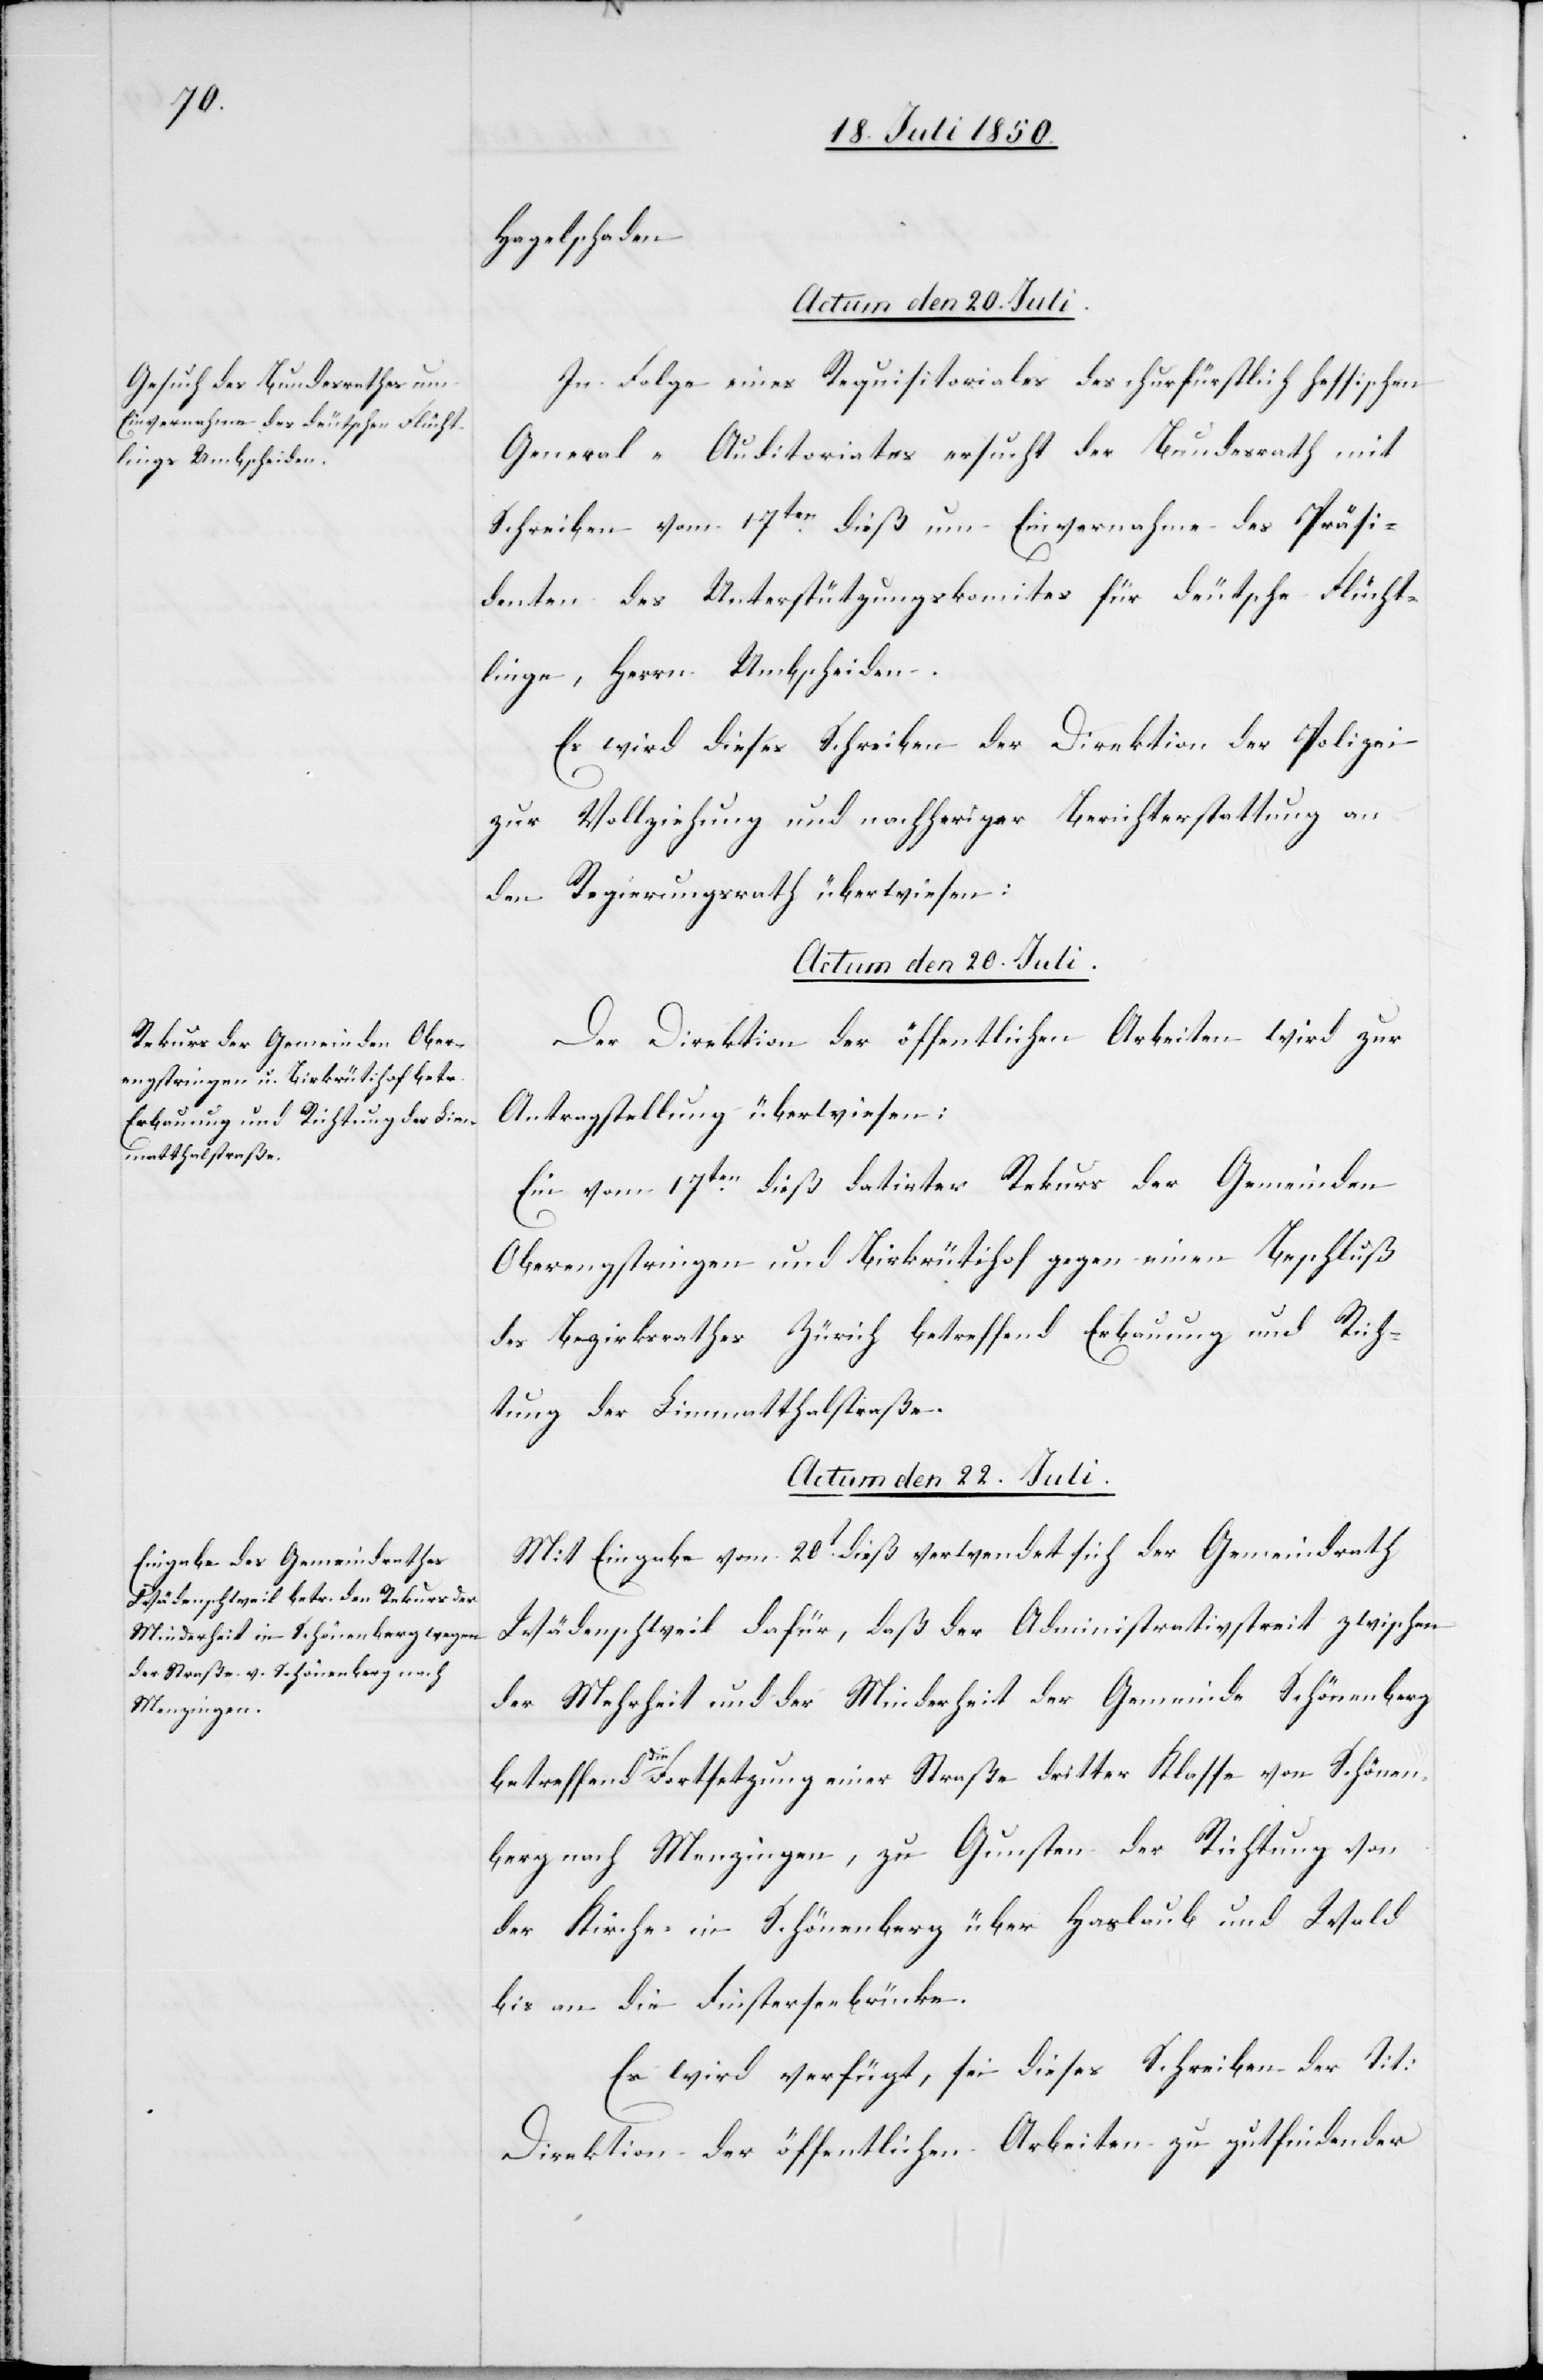
Hagelschaden.
Actum den 20. Juli.
In Folge eines Requisitoriales des churfürstlich hessischen
General-Auditoriates ersucht der Bundesrath mit
Schreiben vom 17ten dieß um Einvernahme des Präsi¬
denten des Unterstützungskomites für deutsche Flücht¬
linge, Herrn Umbscheiden.
Es wird dieses Schreiben der Direktion der Polizei
zur Vollziehung und nachheriger Berichterstattung an
den Regierungsrath überwiesen:
Actum den 20. Juli.]
Der Direktion der öffentlichen Arbeiten wird zur
Antragstellung überwiesen:
Ein vom 17ten dieß datirter Rekurs der Gemeinden
Oberengstringen und Birkrütihof gegen einen Beschluß
des Bezirksrathes Zürich betreffend Erbauung und Rich¬
tung der Limmatthalstraße.
Actum den 22. Juli.
Mit Eingabe vom 20t dieß verwendet sich der Gemeindrath
Wädenschweil dafür, daß der Administrativstreit zwischen
der Mehrheit und der Minderheit der Gemeinde Schönenberg
betreffend die Fortsetzung einer Straße dritter Klasse von Schönen¬
berg nach Menzingen, zu Gunsten der Richtung von
der Kirche in Schönenberg über Haslaub und Wald
bis an die Finsterseebrücke.
Es wird verfügt, sei dieses Schreiben der Tit:
Direktion der öffentlichen Arbeiten zu gutfindender